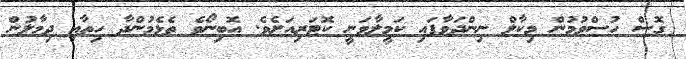
ގޮސް ހުސްވުމުން މިކާލް ނިންދަވާފައި ކަމީލާވަނީ ކޮޓަރިއަށެވެ. އޮބިނޯވެ ތެޅެމުންދާ ހިތާއި ދިމާލުން